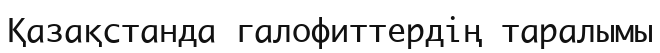
Қазақстанда галофиттердің таралымы